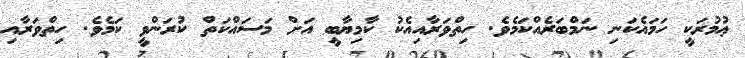
ޢުމުރަކީ ހަމައެކަނި ނަމްބަރެއްކަމެވެ. ހިތްވަރާއިއެކު ކާމިޔާބީ އަށް މަސައްކަތް ކުރަންވީ ކަމެވެ. ހިތްވަރާއި